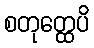
စတုတ္ထေပိ